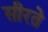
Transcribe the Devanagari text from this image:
सीरते